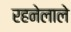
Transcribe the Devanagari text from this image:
रहनेलाले